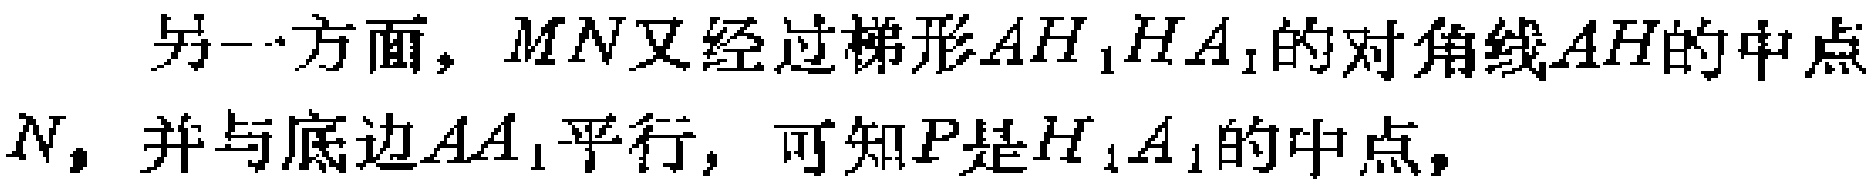
另一方面，$MN$又经过梯形$AH_{1}HA_{1}$的对角线$AH$的中点$N$，并与底边$AA_{1}$平行，可知$P$是$H_{1}A_{1}$的中点，